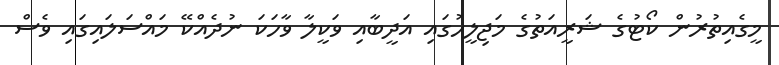
މީގެއިތުރުން ކޯޓުގެ ޝަރީއަތުގެ މަޖިލީހުގައި އަދީބާއި ވަކީލާ ވާހަކަ ނުދެއްކޭ މައްސަލަައިގަައި ވެސް